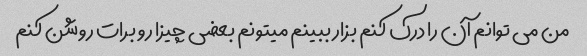
من می توانم آن را درک کنم بزار ببینم میتونم بعضی چیزا رو برات روشن کنم